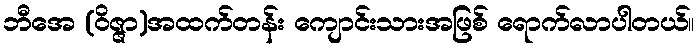
ဘီအေ (ဝိဇ္ဇာ)အထက်တန်း ကျောင်းသားအဖြစ် ရောက်လာပါတယ်။